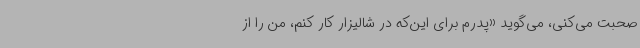
صحبت می‌کنی، می‌گوید «پدرم برای این‌که در شالیزار کار کنم، من را از